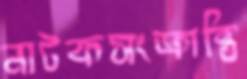
নাটকসংক্রান্তি